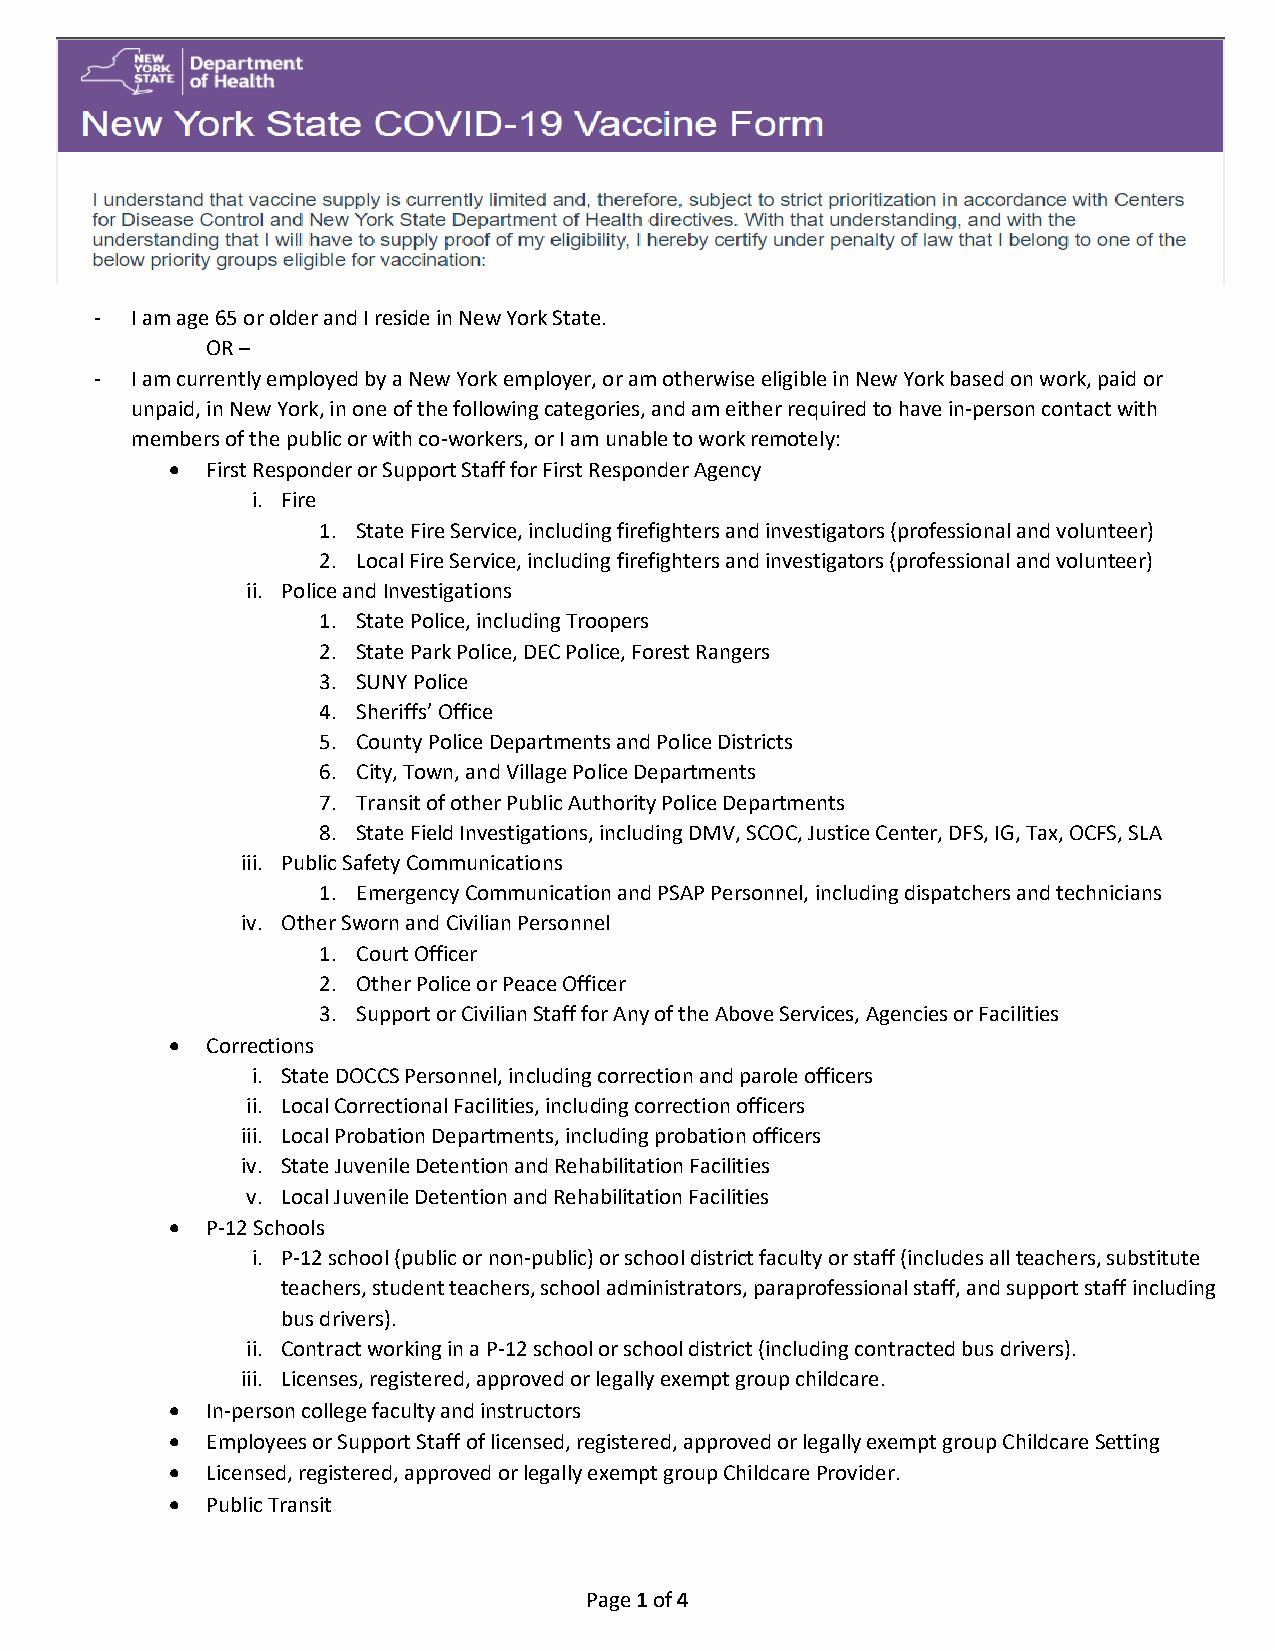
-  I am age 65 or older and I reside in New York State.
 OR –
 -  I am currently employed by a New York employer, or am otherwise eligible in New York based on work, paid or
 unpaid, in New York, in one of the following categories, and am either required to have in-person contact with
 members of the public or with co-workers, or I am unable to work remotely:
   First Responder or Support Staff for First Responder Agency
 i. Fire
 1. State Fire Service, including firefighters and investigators (professional and volunteer)
 2. Local Fire Service, including firefighters and investigators (professional and volunteer)
 ii. Police and Investigations
 1. State Police, including Troopers
 2. State Park Police, DEC Police, Forest Rangers
 3. SUNY Police
 4. Sheriffs’ Office
 5. County Police Departments and Police Districts
 6. City, Town, and Village Police Departments
 7. Transit of other Public Authority Police Departments
 8. State Field Investigations, including DMV, SCOC, Justice Center, DFS, IG, Tax, OCFS, SLA
 iii. Public Safety Communications
 1. Emergency Communication and PSAP Personnel, including dispatchers and technicians
 iv. Other Sworn and Civilian Personnel
 1. Court Officer
 2. Other Police or Peace Officer
 3. Support or Civilian Staff for Any of the Above Services, Agencies or Facilities
   Corrections
 i. State DOCCS Personnel, including correction and parole officers
 ii. Local Correctional Facilities, including correction officers
 iii. Local Probation Departments, including probation officers
 iv. State Juvenile Detention and Rehabilitation Facilities
 v. Local Juvenile Detention and Rehabilitation Facilities
   P-12 Schools
 i. P-12 school (public or non-public) or school district faculty or staff (includes all teachers, substitute
 teachers, student teachers, school administrators, paraprofessional staff, and support staff including
 bus drivers).
 ii. Contract working in a P-12 school or school district (including contracted bus drivers).
 iii. Licenses, registered, approved or legally exempt group childcare.
   In-person college faculty and instructors
   Employees or Support Staff of licensed, registered, approved or legally exempt group Childcare Setting
   Licensed, registered, approved or legally exempt group Childcare Provider.
   Public Transit
 Page 1 of 4